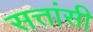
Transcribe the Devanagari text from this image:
सत्तांसी